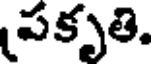
పకృతి.